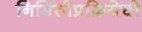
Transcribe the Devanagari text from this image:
निर्मितीप्रक्रियेची